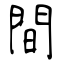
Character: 間